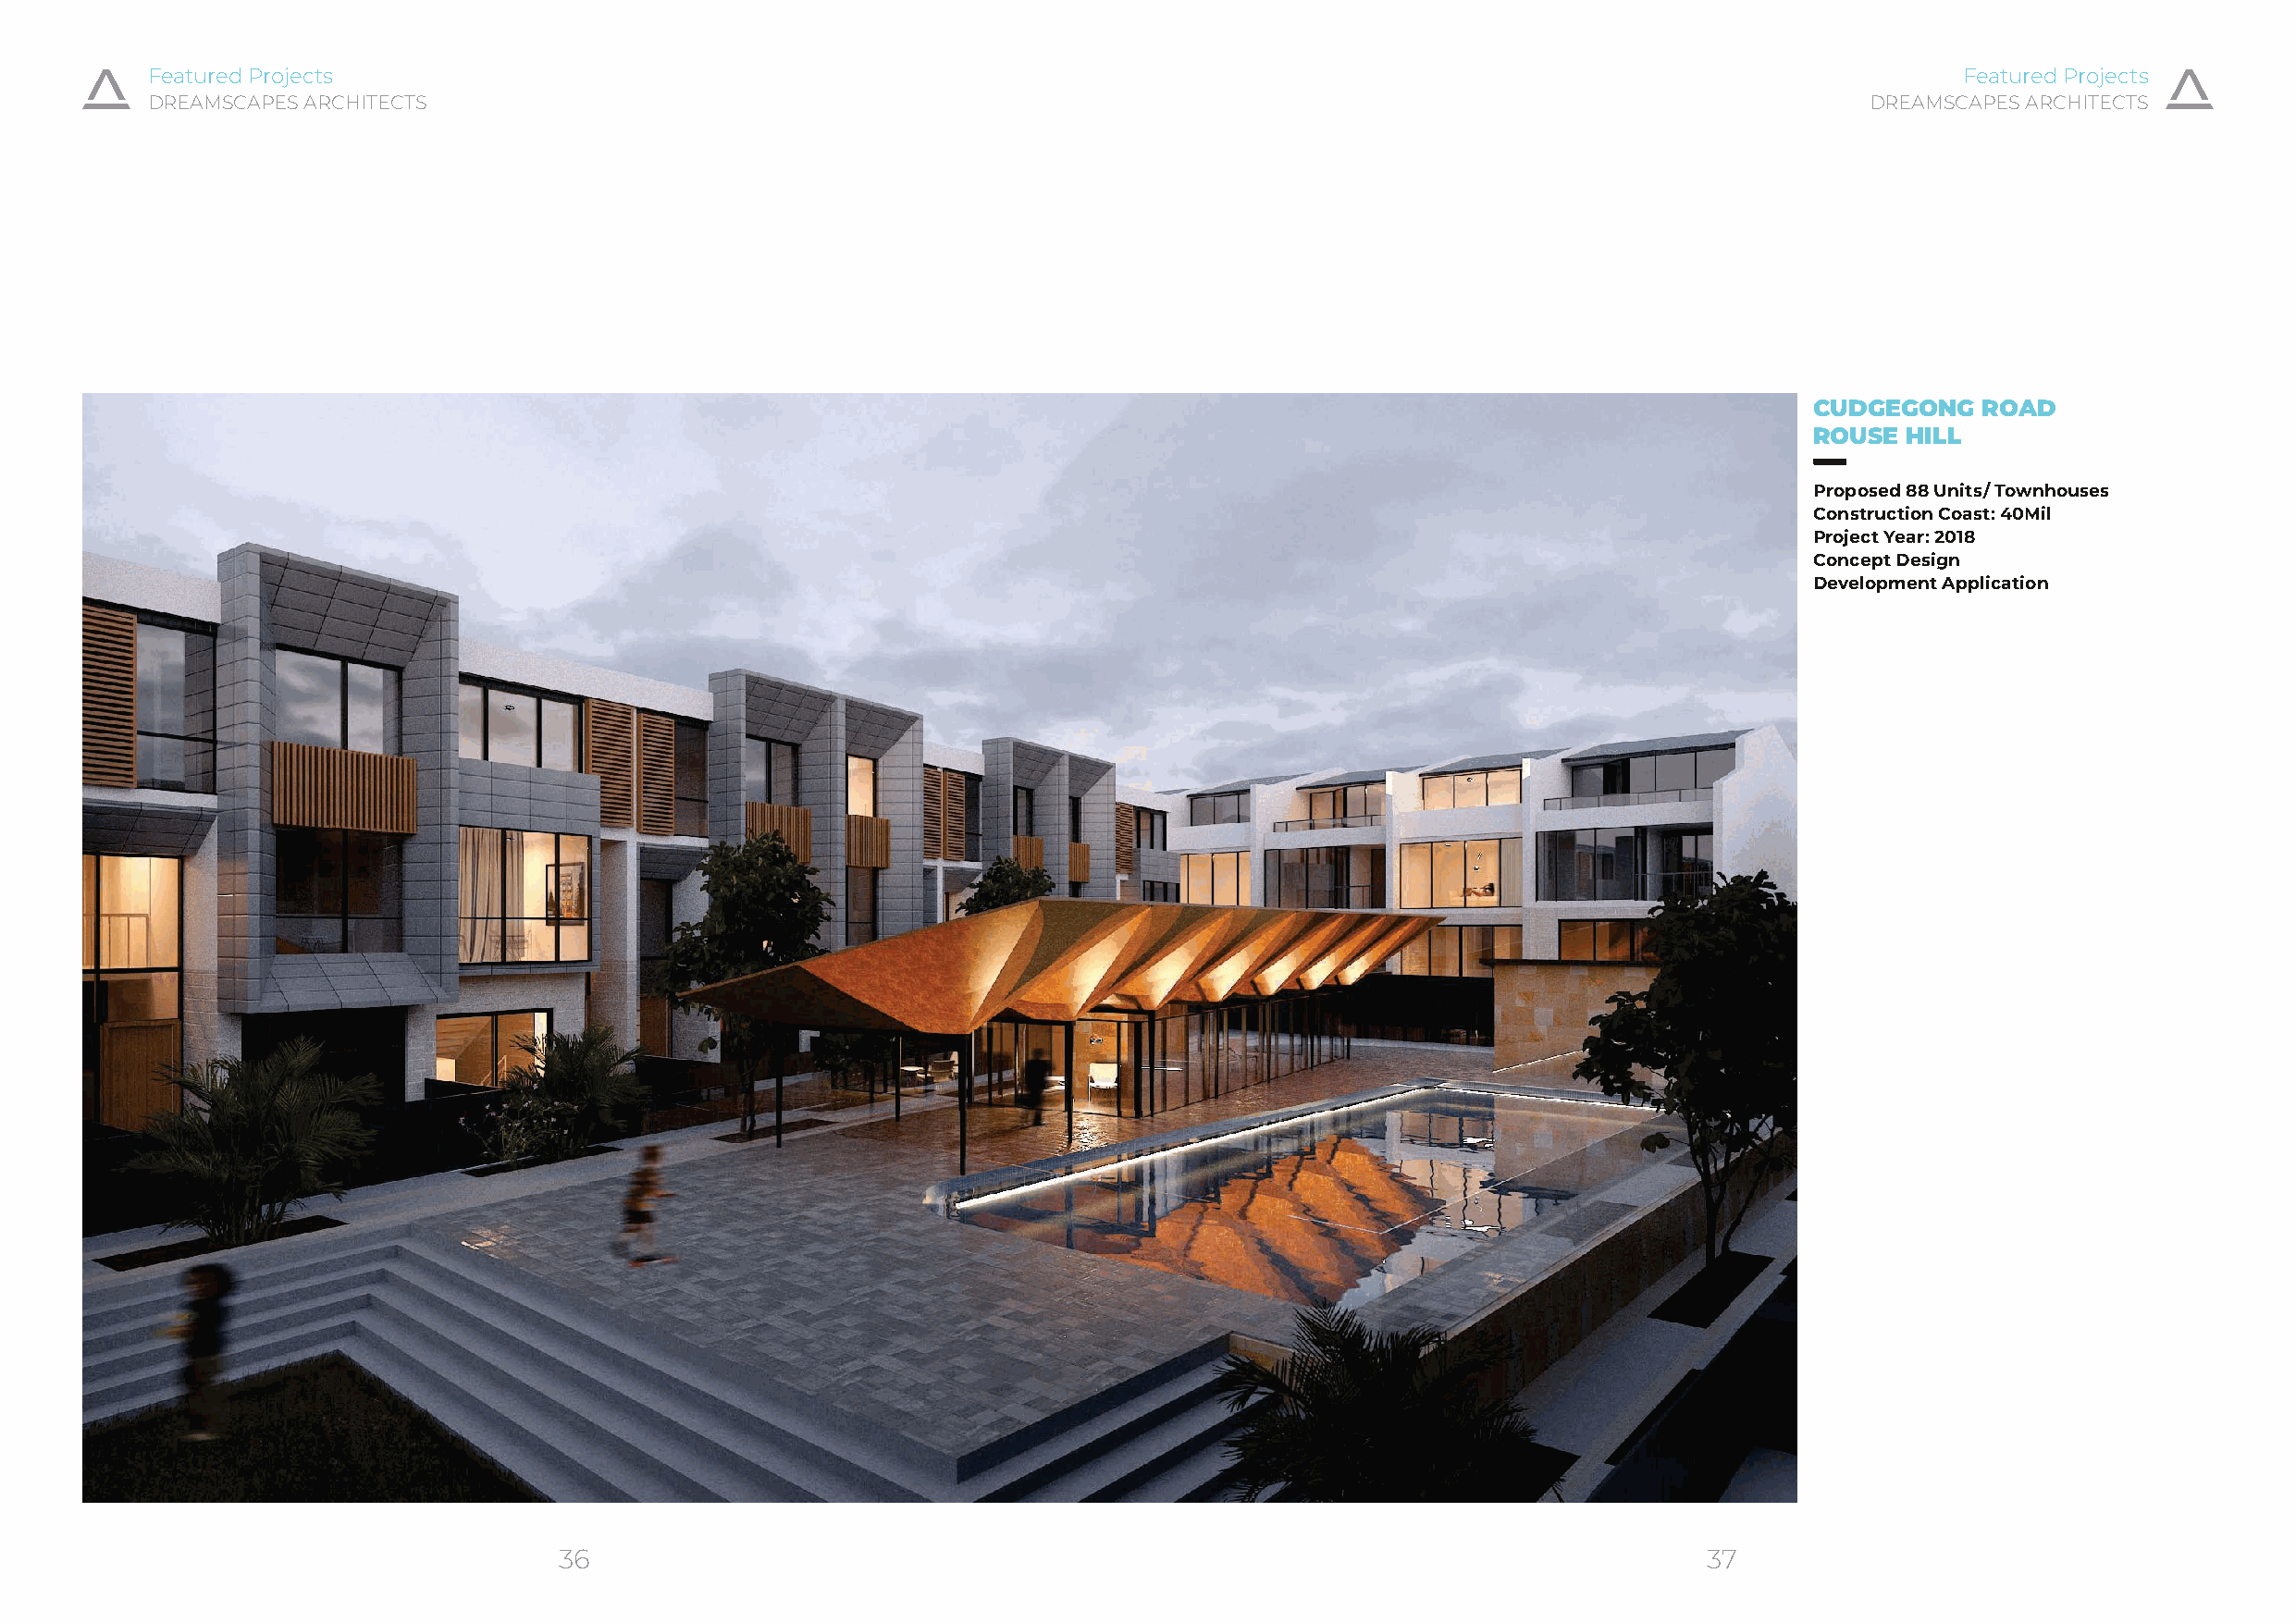
Featured Projects                                                                                                                Featured Projects
 DREAMSCAPES ARCHITECTS                                                                                                     DREAMSCAPES ARCHITECTS
 CUDGEGONG   ROAD
 ROUSE HILL
 Proposed 88 Units/ Townhouses
 Construction Coast: 40Mil
 Project Year: 2018
 Concept Design
 Development Application
 36                                                                                37